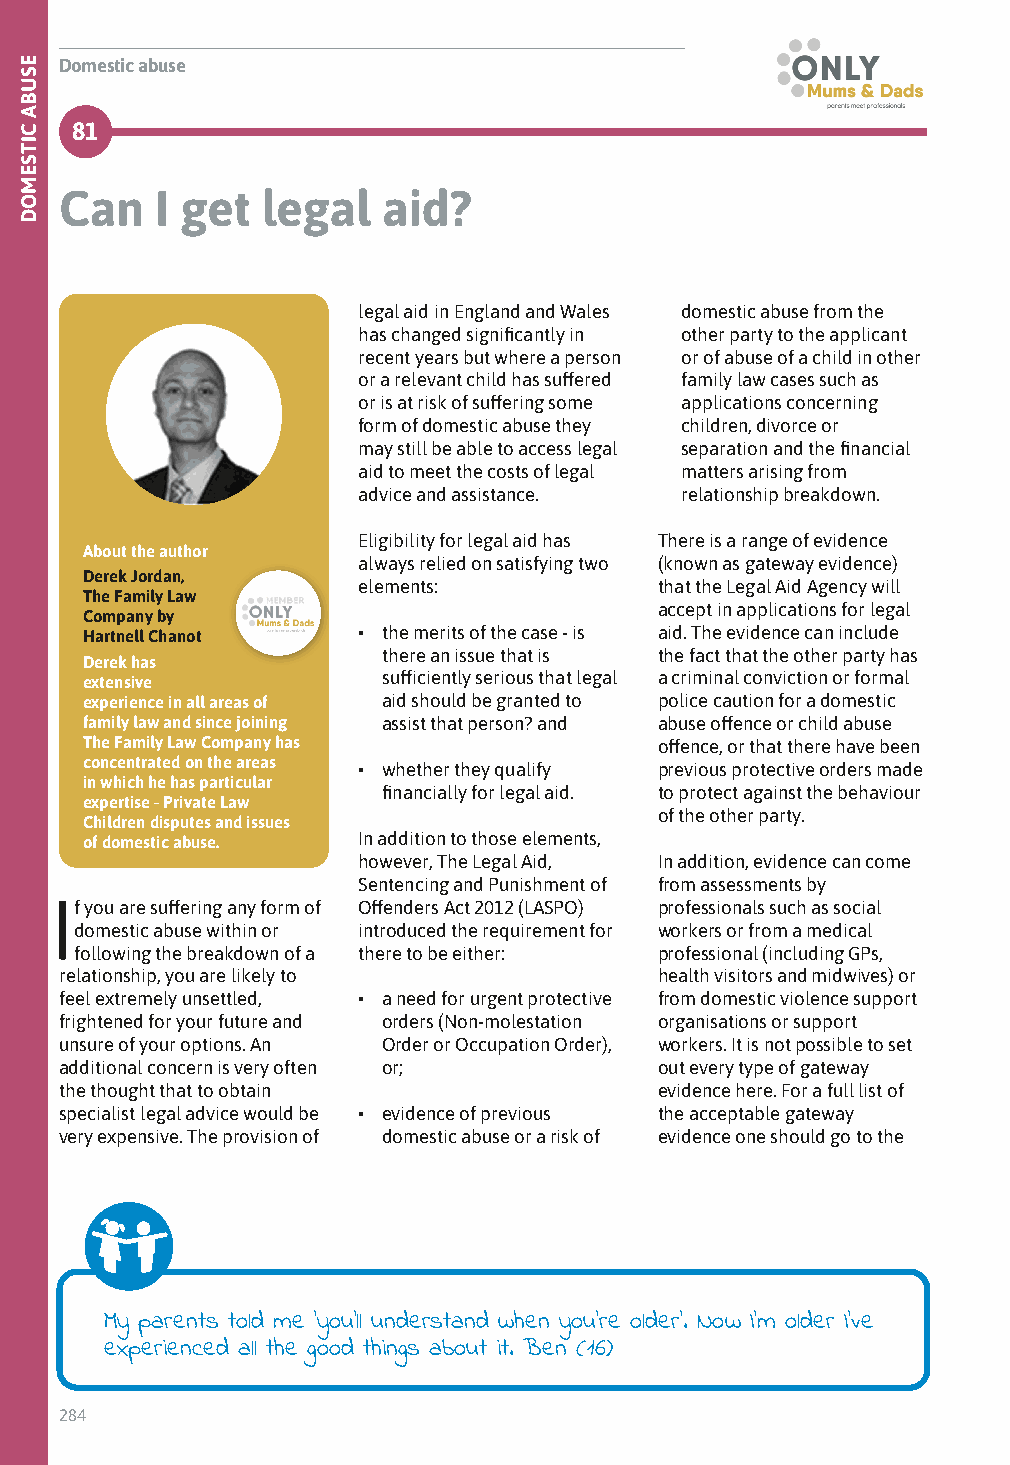
Domestic abuse
 81
 Can   I get  legal   aid?
 legal aid in England and Wales domestic abuse from the
 has changed significantly in other party to the applicant
 recent years but where a person or of abuse of a child in other
 or a relevant child has suffered family law cases such as
 or is at risk of suffering some applications concerning
 form of domestic abuse they children, divorce or
 may still be able to access legal separation and the financial
 aid to meet the costs of legal matters arising from
 advice and assistance. relationship breakdown.
 Eligibility for legal aid has There is a range of evidence
 About the author
 always relied on satisfying two (known as gateway evidence)
 Derek Jordan,
 elements:           that the Legal Aid Agency will
 The Family Law
 accept in applications for legal
 Company by
 Hartnell Chanot    • the merits of the case - is aid. The evidence can include
 there an issue that is the fact that the other party has
 Derek has
 extensive           sufficiently serious that legal a criminal conviction or formal
 experience in all areas of aid should be granted to police caution for a domestic
 family law and since joining assist that person? and abuse offence or child abuse
 The Family Law Company has             offence, or that there have been
 concentrated on the areas • whether they qualify previous protective orders made
 in which he has particular
 financially for legal aid. to protect against the behaviour
 expertise - Private Law
 of the other party.
 Children disputes and issues
 of domestic abuse. In addition to those elements,
 however, The Legal Aid, In addition, evidence can come
 Sentencing and Punishment of from assessments by
 If you are suffering any form of Offenders Act 2012 (LASPO) professionals such as social
 domestic abuse within or introduced the requirement for workers or from a medical
 following the breakdown of a there to be either: professional (including GPs,
 relationship, you are likely to         health visitors and midwives) or
 feel extremely unsettled, • a need for urgent protective from domestic violence support
 frightened for your future and orders (Non-molestation organisations or support
 unsure of your options. An Order or Occupation Order), workers. It is not possible to set
 additional concern is very often or;    out every type of gateway
 the thought that to obtain              evidence here. For a full list of
 specialist legal advice would be • evidence of previous the acceptable gateway
 very expensive. The provision of domestic abuse or a risk of evidence one should go to the
 My parents told me ‘you’ll understand when you’re older’. Now I’m older I’ve
 experienced all the good things about it. Ben (16)
 284
 ESUBA
 CITSEMOD